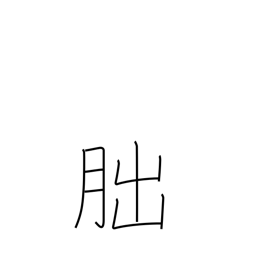
Meaning: crescent moon